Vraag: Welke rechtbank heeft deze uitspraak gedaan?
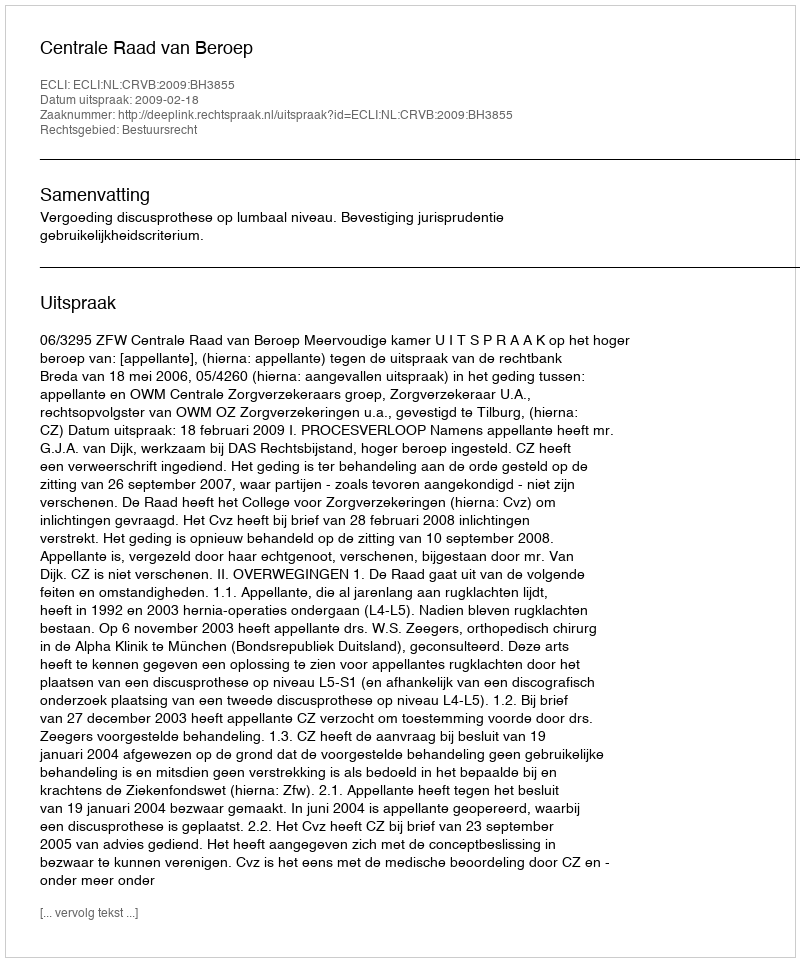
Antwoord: Centrale Raad van Beroep